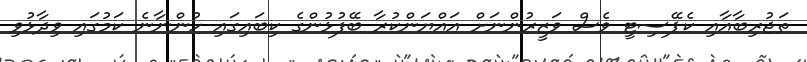
ތަޖުރިބާއާއި ކެޕޭސިޓީ ވެސް ވަޒީރުންނަށް އައްޔަންކުރާ ބޭފުޅުންގެ ކިބައިގައި ހުންނާނެ ކަމުގައި ވިދާޅުވި